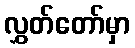
လွှတ်တော်မှာ